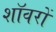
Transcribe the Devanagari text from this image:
शॉवरों